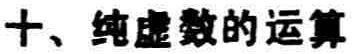
十、纯虚数的运算